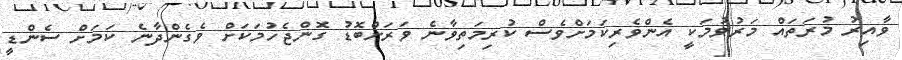
ވާއިރު މުރަތައް މަރުވުމަކީ އެންވެރިކަމަށްވެސް ކުރިމަތިވާނެ ވަރަށްބޮޑު ގޮންޖެހުމަކަށް ވެގެންދާނެ ކަމަށް ސެންޑީ